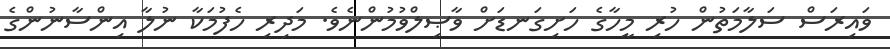
ވައިރަސް ސަލާމަތުން ހުރި މީހާގެ ހަށިގަނޑަށް ވާޞިލްވުމުންނެވެ. މަދިރި ހެފުމަކާ ނުލާ އިންސާނުންގެ